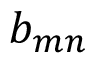
b _ { m n }